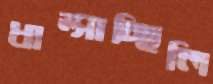
ধাম্‌সাচ্ছিলি